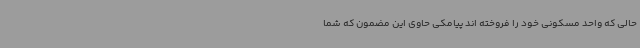
حالی که واحد مسکونی خود را فروخته اند پیامکی حاوی این مضمون که شما